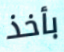
بأخذ